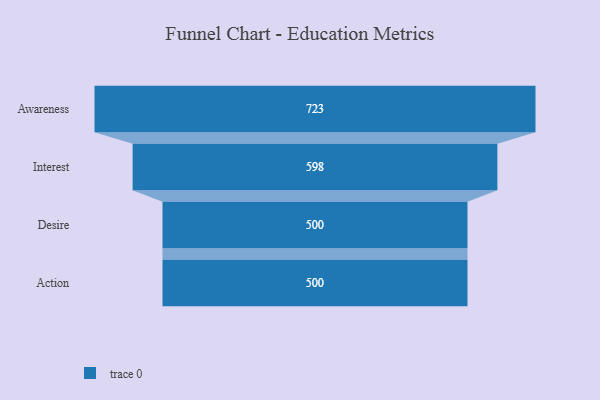
{"axis": {"x": "Stage", "y": "Value"}, "legend": [""], "data": [{"x": "Awareness", "y": 723.0, "type": ""}, {"x": "Interest", "y": 598.0, "type": ""}, {"x": "Desire", "y": 500, "type": ""}, {"x": "Action", "y": 500, "type": ""}]}